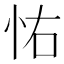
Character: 㤑